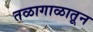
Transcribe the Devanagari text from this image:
तळागाळातून